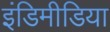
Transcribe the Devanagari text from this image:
इंडिमीडिया